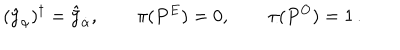
( \hat { y } _ { \alpha } ) ^ { \dagger } = \hat { \bar { y } } _ { \dot { \alpha } } , \qquad \pi ( P ^ { E } ) = 0 , \qquad \pi ( P ^ { O } ) = 1 \, .